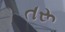
તરૂ